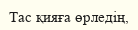
Тас қияға өрледің,